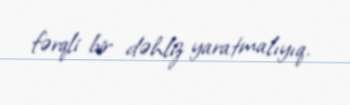
fərqli bir dəhliz yaratmalıyıq.